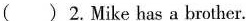
( ) 2.Mike has a brother.